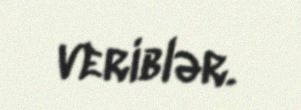
veriblər.